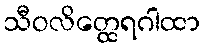
သီဝလိတ္ထေရဂါထာ